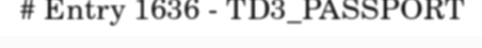
# Entry 1636 - TD3_PASSPORT